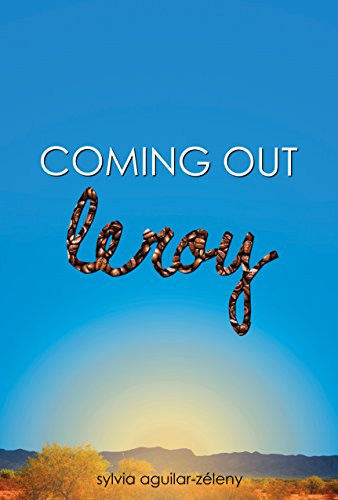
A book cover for Leroy (Coming Out); Sylvia Aguilar-Zeleny; Teen & Young Adult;